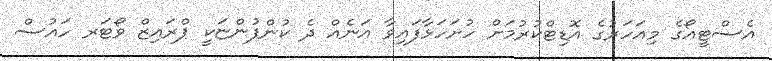
އެސްޓީއޯގެ މިއަހަރުގެ އޮޑިޓްކުރުމަށް ހުށަހަޅާފައިވާ އަނެއް ދެ ކުންފުންޏަކީ ޕްރައިޒް ވޯޓަރ ހައުސް